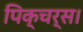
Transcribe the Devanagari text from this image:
पिक्चर्स।